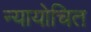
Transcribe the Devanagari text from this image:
न्‍यायोचित